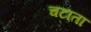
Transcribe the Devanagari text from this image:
चटाता